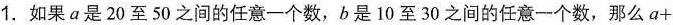
1.如果α是20至50之间的任意一个数，b是10至30之间的任意一个数，那么a+